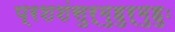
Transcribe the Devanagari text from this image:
प्रशशंसुर्मुहुर्मुहुः